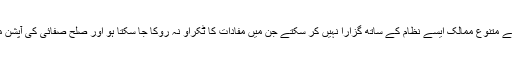
پاکستان جیسے متنوع ممالک ایسے نظام کے ساتھ گزارا نہیں کر سکتے جن میں مفادات کا ٹکراؤ نہ روکا جا سکتا ہو اور صلح صفائی کی آپشن موجود نہ ہو۔